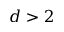
d > 2